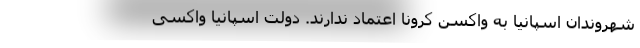
شهروندان اسپانیا به واکسن کرونا اعتماد ندارند. دولت اسپانیا واکسی